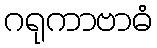
ဂရုကာဗာဓံ